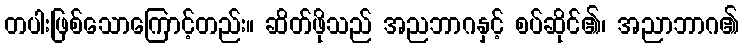
တပါးဖြစ်သောကြောင့်တည်း။ ဆိတ်ဖိုသည် အညဘာဂနှင့် စပ်ဆိုင်၏၊ အညာဘာဂ၏